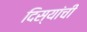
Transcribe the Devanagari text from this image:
दिस्यांची